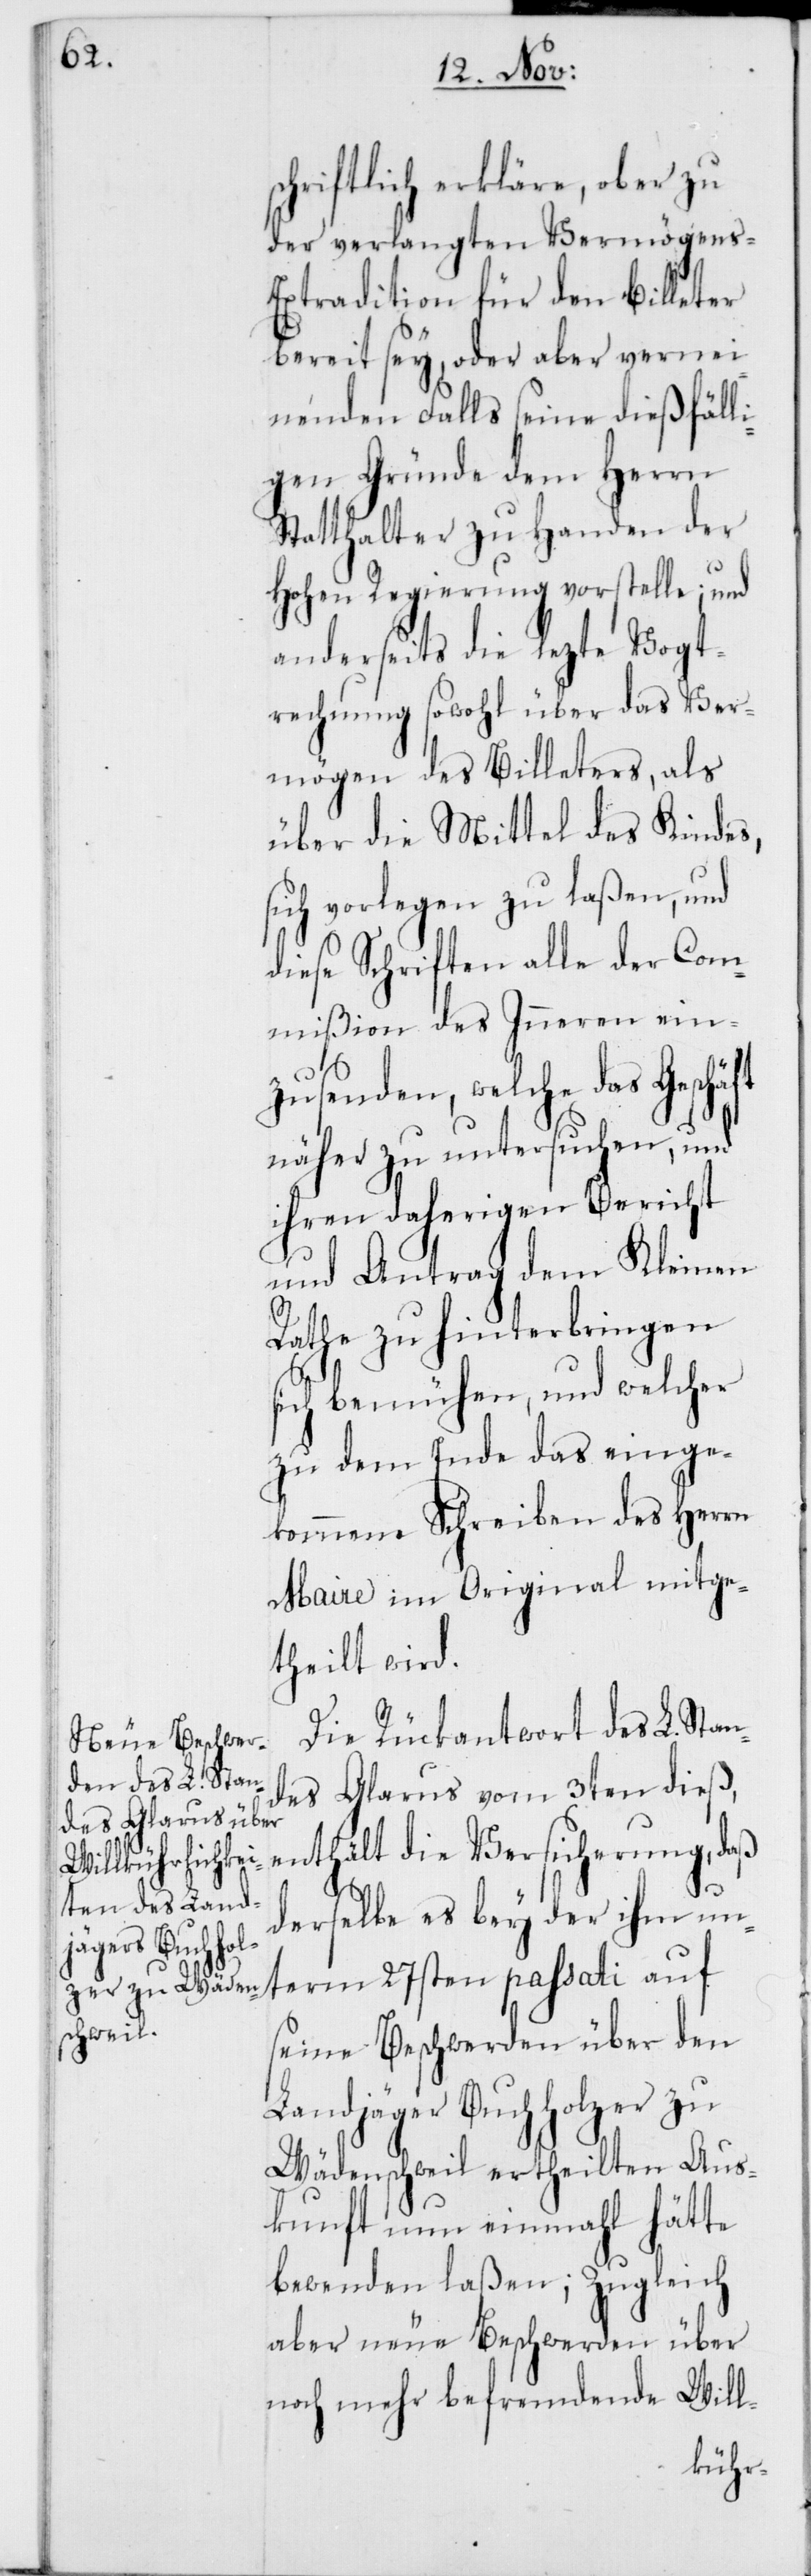
ft

schriftlich erkläre, ob er zu
der verlangten Vermögens-E¬
xtradition für den Billeter
bereit sey, oder aber vernei¬
nenden Falls seine dießfälli¬
gen Gründe dem Herrn
Statthalter zu Handen der
Hohen Regierung vorstelle; und
anderseits die lezte Vogt¬
rechnung sowohl über das Ver¬
mögen des Billeters, als
über die Mittel des Kindes,
sich vorlegen zu laßen, und
diese Schriften alle der Com¬
mißion des Innern ein¬
zusenden, welche das Geschä¬
näher zu untersuchen, und
ihren daherigen Bericht
und Antrag dem Kleinen
Rathe zu hinterbringen
sich bemühen, und welcher
zu dem Ende das einge¬
kommene Schreiben des Herrn
Maire im Original mitge¬
theilt wird.
Die Rückantwort des L. Stan¬
des Glarus vom 3ten dieß,
enthält die Versicherung, daß
derselbe es bey der ihm un¬
term 27sten passati auf
seine Beschwerden über den
Landjäger Buchholzer zu
Wädenschweil ertheilten Aus¬
kunft nun einmahl hätte
bewenden laßen; Zugleich
aber neue Beschwerden über
noch mehr befremdende Will-